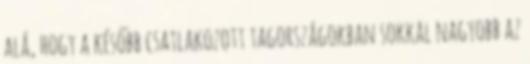
alá, hogy a később csatlakozott tagországokban sokkal nagyobb az